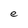
Character: e